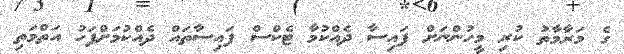
ގެ މަރާމާތު ކުރި މީހުންނަށް ފައިސާ ދެއްކުމާ ޓެކްސް ފައިސާތައް ދެއްކުމަށްފަހު އަތްމަތި